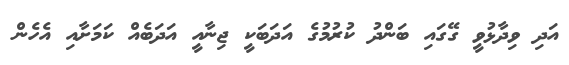
އަދި ވިދާޅުވީ ގޭގައި ބަންދު ކުރުމުގެ އަދަބަކީ ޖިނާއީ އަދަބެއް ކަަމަށާއި އެހެން